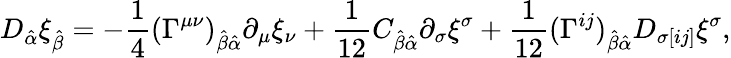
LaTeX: D_{\hat{\alpha}}\xi_{\hat{\beta}}=-{\frac{1}{4}}(\Gamma^{\mu\nu})_{\hat{\beta}\hat{\alpha}}\partial_{\mu}\xi_{\nu}+{\frac{1}{12}}C_{\hat{\beta}\hat{\alpha}}\partial_{\sigma}\xi^{\sigma}+{\frac{1}{12}}(\Gamma^{ij})_{\hat{\beta}\hat{\alpha}}D_{\sigma[ij]}\xi^{\sigma},